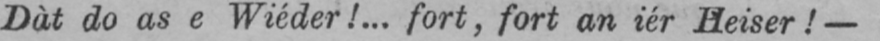
Dàt do as e Wiéder!... fort, fort an iér Heiser!-